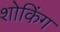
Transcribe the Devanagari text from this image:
शोकिंग